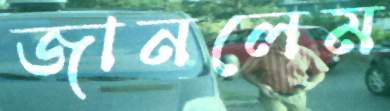
জানলেম